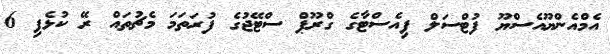
އެމްއެންޔޫއެސްޔޫ ފުޓްސަލް ފިއެސްޓާގެ ގްރޫޕް ސްޓޭޖުގެ ފުރަތަމަ މެޗުތައް ރޭ ކުޅެފި 6